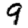
Digit: 9